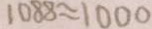
1 0 8 8 \approx 1 0 0 0